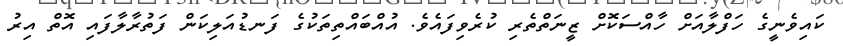
ކައިވެނީގެ ހަފްލާއަށް ހާއްސަކޮށް ޒީނަތްތެރި ކުރެވިފައެވެ. އުއްބައްތިތަކުގެ ފަނޑުއަލިކަން ފަތުރާލާފައި އޮތް އިރު